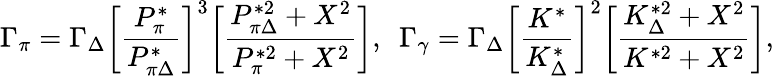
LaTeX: \Gamma_{\pi}=\Gamma_{\Delta}\bigg[{\frac{P_{\pi}^{*}}{P_{\pi\Delta}^{*}}}\bigg]^{3}\bigg[{\frac{P_{\pi\Delta}^{*2}+X^{2}}{P_{\pi}^{*2}+X^{2}}}\bigg],\ \ \Gamma_{\gamma}=\Gamma_{\Delta}\bigg[{\frac{K^{*}}{K_{\Delta}^{*}}}\bigg]^{2}\bigg[{\frac{K_{\Delta}^{*2}+X^{2}}{K^{*2}+X^{2}}}\bigg],